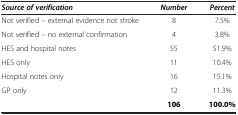
<table><thead><tr><td><b><i>Source of verification</i></b></td><td><b><i>Number</i></b></td><td><b><i>Percent</i></b></td></tr></thead><tbody><tr><td>Not verified – external evidence not stroke</td><td>8</td><td>7.5%</td></tr><tr><td>Not verified – no external confirmation</td><td>4</td><td>3.8%</td></tr><tr><td>HES and hospital notes</td><td>55</td><td>51.9%</td></tr><tr><td>HES only</td><td>11</td><td>10.4%</td></tr><tr><td>Hospital notes only</td><td>16</td><td>15.1%</td></tr><tr><td>GP only</td><td>12</td><td>11.3%</td></tr><tr><td> </td><td><b>106</b></td><td><b>100.0%</b></td></tr></tbody></table>